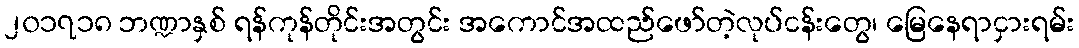
၂၀၁၇၁၈ ဘဏ္ဍာနှစ် ရန်ကုန်တိုင်းအတွင်း အကောင်အထည်ဖော်တဲ့လုပ်ငန်းတွေ၊ မြေနေရာငှားရမ်း